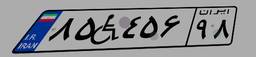
۸۵W۴۵۶۹۸